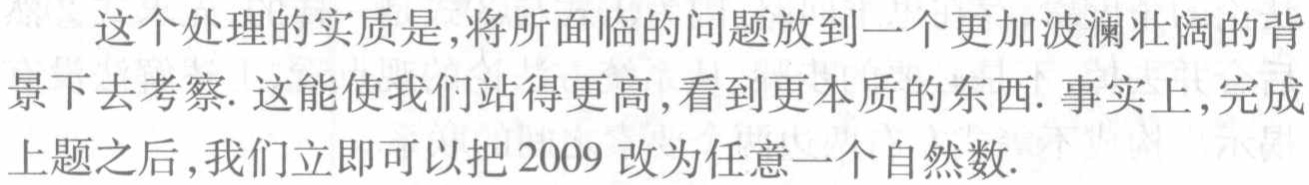
这个处理的实质是,将所面临的问题放到一个更加波澜壮阔的背景下去考察. 这能使我们站得更高,看到更本质的东西. 事实上,完成上题之后,我们立即可以把 2009 改为任意一个自然数.